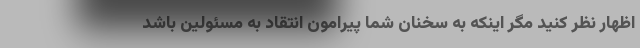
اظهار نظر کنید مگر اینکه به سخنان شما پیرامون انتقاد به مسئولین باشد